Report on malaria in the Punjab during the year ...  together with an account of the work of the Punjab Malaria Bureau - Volume 5
Disease focus: Malaria
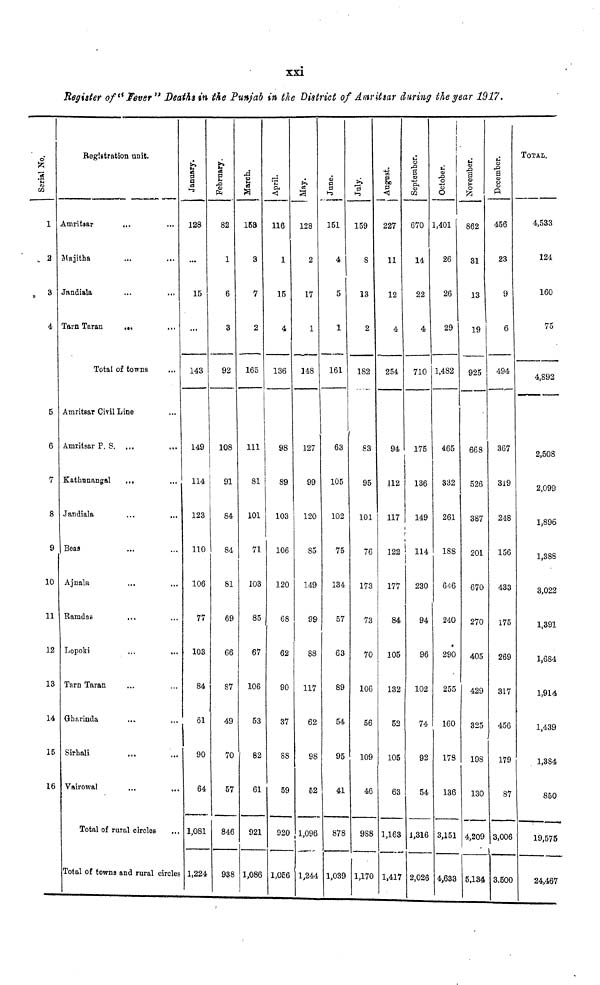
xxi
Register of "Fever" Deaths in the Punjab in the District of Amritsar during the year 1917.
Serial No.
1
2
3
4
5
6
7
8
9
10
11
12
13
14
15
16
Registration unit.
Amritsar
Majitha
Jandiala
Tarn Taran
...
...
...
Total of towns
Amritsar Civil
Amritsar P. S.
Kathunangal
Jandiala
Beas
Ajnala
Ramdas
Lopoki
Tarn Taran
Gharinda
Sirhali
Vairowal
Line
...
...
...
...
...
...
...
...
...
...
...
Total of rural circles
...
...
...
...
...
...
...
...
...
...
...
...
...
Total of towns and rural circles
January.
128
...
15
...
143
149
114
123
110
106
77
103
84
61
90
64
1,081
1,224
February,
82
1
6
3
92
108
91
84
84
81
69
66
87
49
70
57
846
938
March.
153
3
7
2
165
111
81
101
71
103
85
67
106
53
82
61
921
1,086
April.
116
1
15
4
136
98
89
103
106
120
68
62
90
37
88
59
920
l,056
May.
128
2
17
1
148
127
99
120
So
149
99
88
117
62
98
52
1,096
1,244
June.
151
4
5
1
161
63
105
102
75
134
57
63
89
54
95
41
878
1,039
159
8
13
2
182
83
95
101
76
173
73
70
106
56
109
46
988
1,170
August.
227
11
12
4
254
94
112
117
122
177
84
105
132
52
105
63
1,163
1,417
September.
670
14
22
4
710
175
136
149
114
230
94
96
102
74
92
54
1,316
2,026
October.
1,401
26
26
29
1,482
465
332
261
188
616
240
290
255
160
178
136
3,151
4,633
862
31
13
19
925
668
526
387
201
670
270
405
429
325
198
130
4,209
5,134
December.
456
23
9
6
494
367
319
248
156
433
175
269
317
456
179
87
3,006
3.500
TOTAL.
4,533
124
160
75
4,892
2,508
2,099
1,896
1,388
3,022
1,391
1,684
1,914
1,439
1,384
850
19,575
24,467